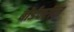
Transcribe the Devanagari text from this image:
बोर्डवरील